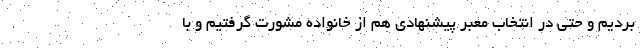
بردیم و حتی در انتخاب معبر پیشنهادی هم از خانواده مشورت گرفتیم و با